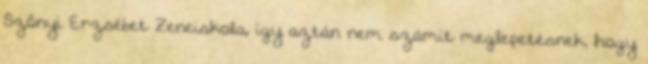
Szőnyi Erzsébet Zeneiskola, így aztán nem számít meglepetésnek, hogy